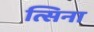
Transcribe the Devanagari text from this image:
त्सिना